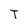
Character: T